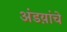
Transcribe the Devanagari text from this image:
अंडय़ांचे